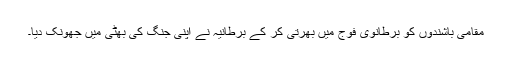
مقامی باشندوں کو برطانوی فوج میں بھرتی کر کے برطانیہ نے اپنی جنگ کی بھٹی میں جھونک دیا۔